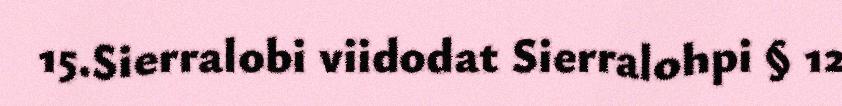
15.Sierralobi viidodat Sierralohpi § 12